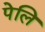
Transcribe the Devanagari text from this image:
पेलि